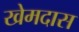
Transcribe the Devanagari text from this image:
खेमदास